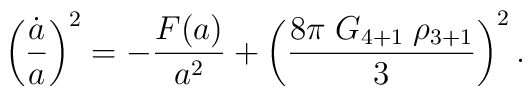
\left({\dot a \over a}\right)^2 = - {F(a)\over a^2} + \left({ 8\pi \; G_{4+1} \; \rho_{3+1}\over 3}\right)^2.